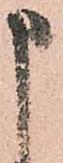
申